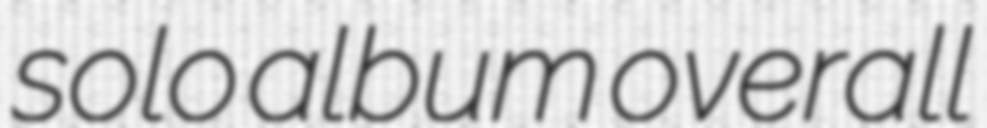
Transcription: solo album overall